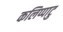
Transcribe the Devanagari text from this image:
कलिप्पाटु